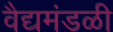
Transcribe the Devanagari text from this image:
वैद्यमंडळी